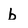
Character: b